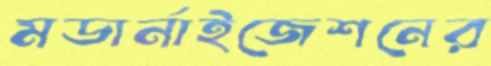
মডার্নাইজেশনের